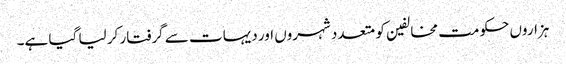
ہزاروں حکومت مخالفین کو متعدد شہروں اور دیہات سے گرفتار کر لیا گیا ہے۔